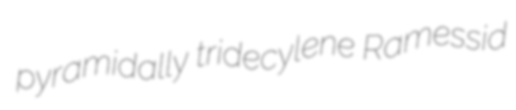
pyramidally tridecylene Ramessid